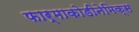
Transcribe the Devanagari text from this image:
फार्माकोडीनेमिक्स